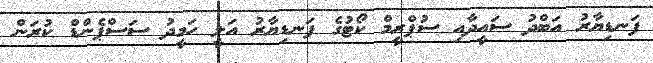
ފަނޑިޔާރު އަބްދު ސައީދާއި ސުޕްރީމް ކޯޓުގެ ފަނޑިޔާރު އަލީ ހަމީދު ސަސްޕެންޑް ކުރަން